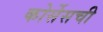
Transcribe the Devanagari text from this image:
कोर्सेसची